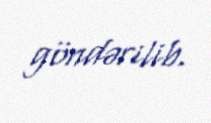
göndərilib.